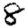
Digit: 8